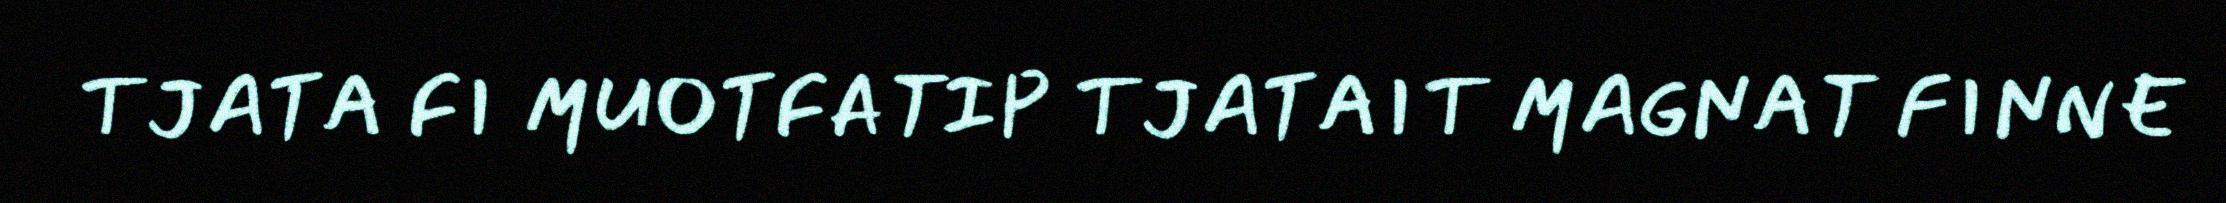
TJATA FI MUOTFATIP TJATAIT MAGNAT FINNE